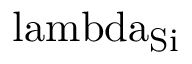
\mathrm { \ l a m b d a _ { S i } }